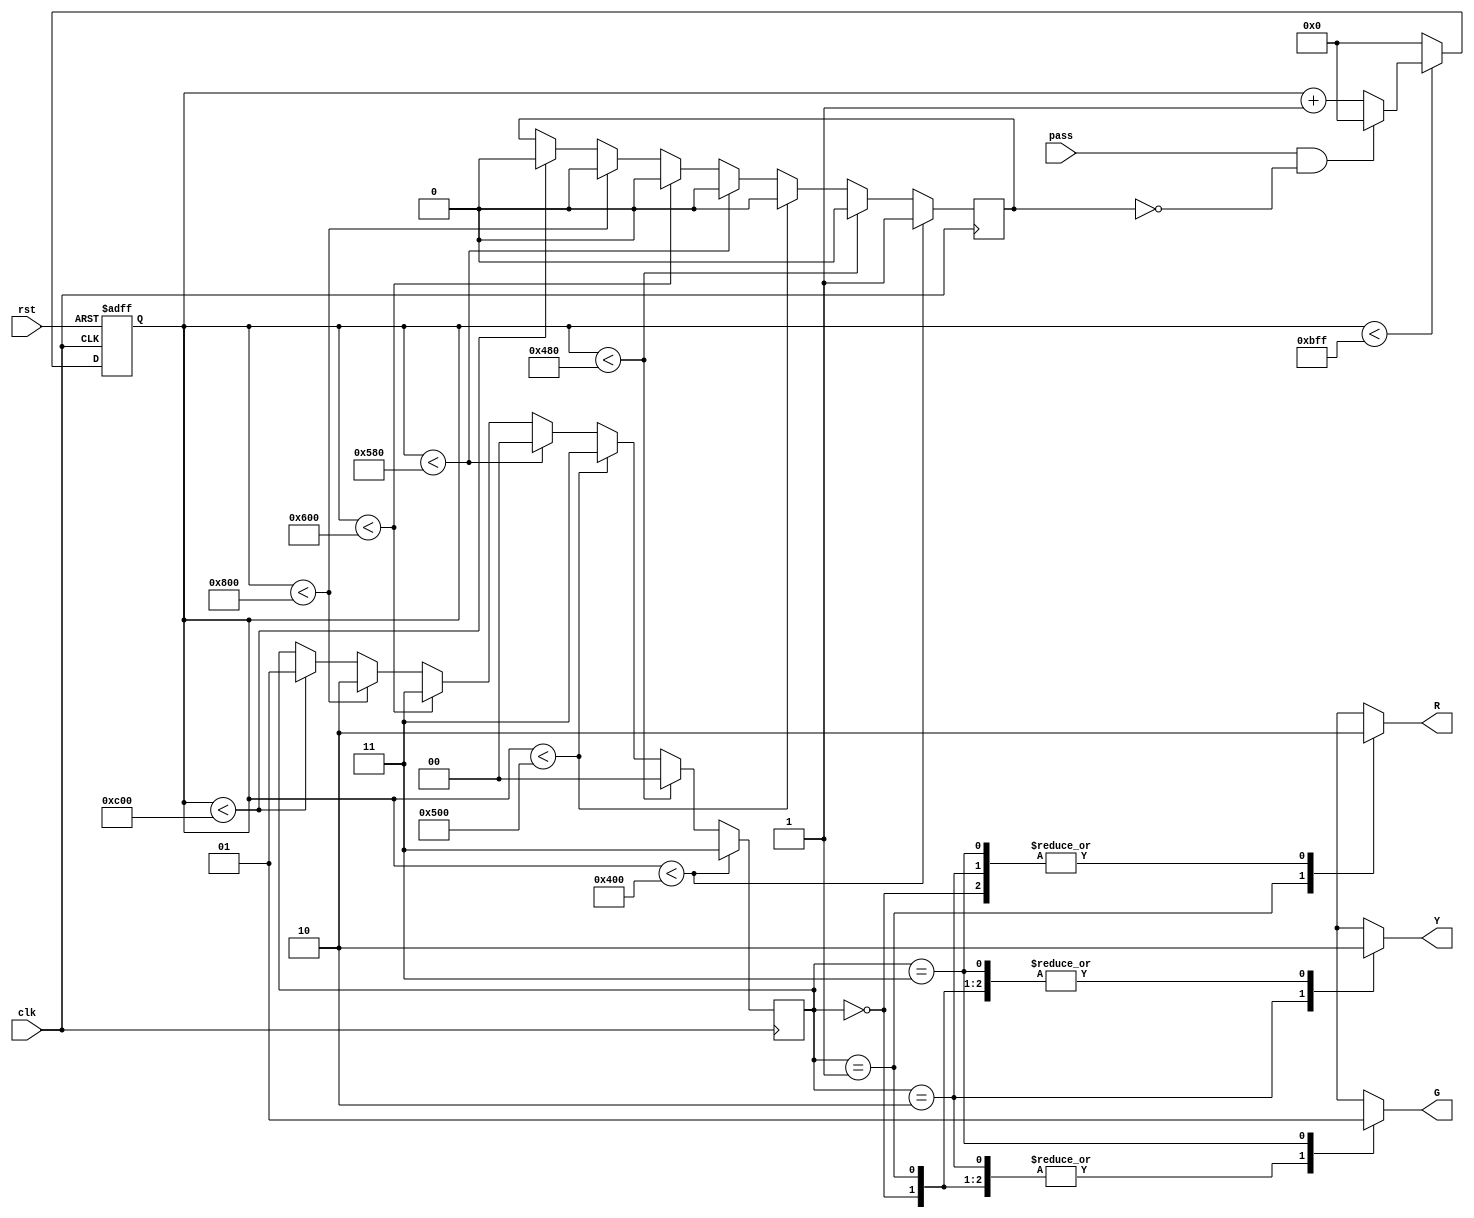
module traffic_light (
    input  clk,
    input  rst,
    input  pass,
    output reg R,
    output reg G,
    output reg Y
);
//write your code here
parameter none = 2'h0;
parameter red  = 2'h1;
parameter yellow = 2'h2;
parameter green = 2'h3;

reg [14:0] count;
reg [1:0] state;
reg state_1;

initial begin
    count <= 0;
    state <= green;
    state_1 <= 1;
end

always @(posedge clk or posedge rst) begin
    if(rst) begin
        count = 0;
    end
    else if(count < 3071) begin
        if(pass & (~state_1)) begin
            count = 0;
        end
        else
            count = count + 1;
    end
    else 
        count = 0;
end

/*
always @(posedge pass or posedge rst) begin
    if(pass) begin
        if(~state_1)
            count <= 0;
    end
    if(rst)
        count <= 0;
end
*/

always @(posedge clk) begin
    if(count < 1024) begin
        state = green;
        state_1 = 1;
    end
    else if(count < 1152) begin
        state = none;
        state_1 = 0;
    end
    else if(count < 1280) begin
        state = green;
        state_1 = 0;
    end
    else if(count < 1408) begin
        state = none;
        state_1 = 0;
    end
    else if(count < 1536) begin
        state = green;
        state_1 = 0;
    end
    else if(count < 2048) begin
        state = yellow;
        state_1 = 0;
    end
    else if(count < 3072) begin
        state = red;
        state_1 = 0;
    end
end

always @(state) begin
    case(state)
        none: begin
            R = 0;
            G = 0;
            Y = 0;
            end
        red: begin
            R = 1;
            G = 0;
            Y = 0;
            end
        yellow: begin
            R = 0;
            G = 0;
            Y = 1;
            end
        green: begin
            R = 0;
            G = 1;
            Y = 0;
            end
    endcase
end

endmodule